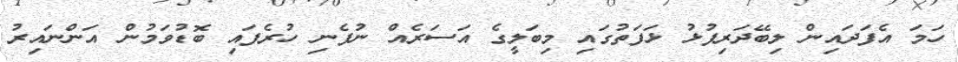
ހަމަ އެފަދައިން ލިބޭދަރިފުޅު ޅަފަތުގައި މިބަލީގެ އަސަރެއް ނުފެނި ހުރެފައި ބޮޑުވަމުން އަންނައިރު